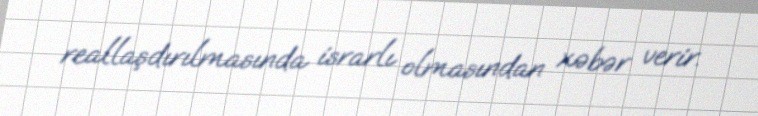
reallaşdırılmasında israrlı olmasından xəbər verir.